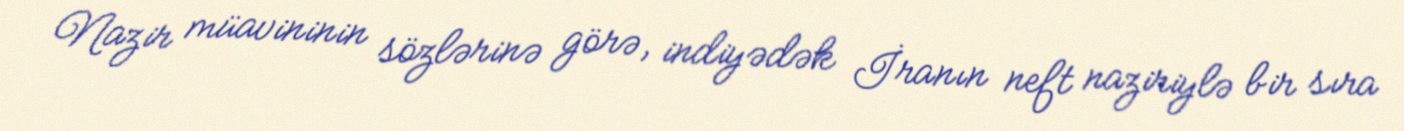
Nazir müavininin sözlərinə görə, indiyədək İranın neft naziriylə bir sıra